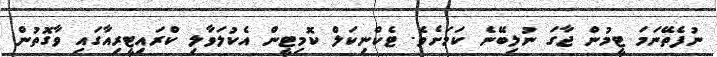
ނުފެތޭނަމަ ޓީމުން ޖާގަ ނުލިބޭނެ ކަމަށެވެ. ޓެކްނިކަލް ކޮމިޓީން އެކުލަވާލި ކްރައިޓީރިއާގައި ވާގޮތުން